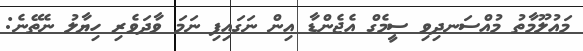
މައުލޫމާތު މުއްސަނދިވި ސީމެގް އެޖެންޑާ އިން ނަގައިފި ނަމަ ވާދަވެރި ހިޔާލު ނެތޭނެ: